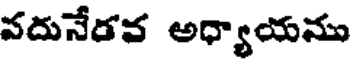
వదునేరవ అధ్యాయము